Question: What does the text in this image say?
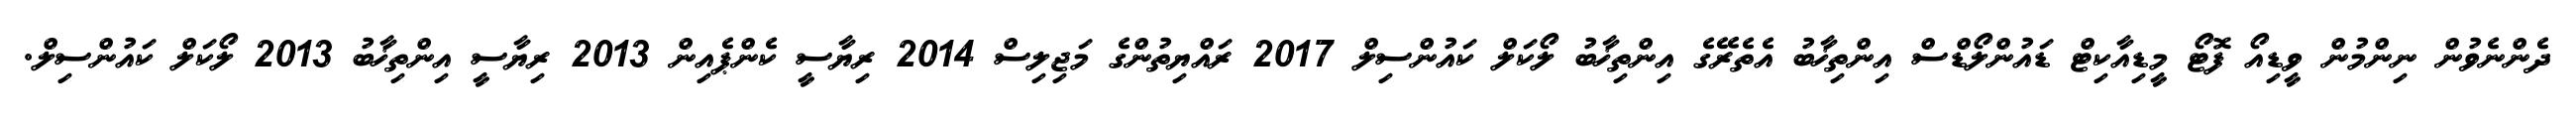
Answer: ދެންނެވުން ނިންމުން ވީޑިއޯ ފޮޓޯ މީޑިއާކިޓް ޑައުންލޯޑްސް އިންތިޚާބު އެތެރޭގެ އިންތިޚާބު ލޯކަލް ކައުންސިލް 2017 ރައްޔިތުންގެ މަޖިލިސް 2014 ރިޔާސީ ކެންޕެއިން 2013 ރިޔާސީ އިންތިޚާބު 2013 ލޯކަލް ކައުންސިލް.